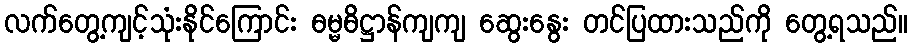
လက်တွေ့ကျင့်သုံးနိုင်ကြောင်း ဓမ္မဓိဋ္ဌာန်ကျကျ ဆွေးနွေး တင်ပြထားသည်ကို တွေ့ရသည်။